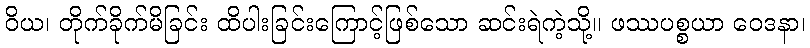
ဝိယ၊ တိုက်ခိုက်မိခြင်း ထိပါးခြင်းကြောင့်ဖြစ်သော ဆင်းရဲကဲ့သို့။ ဖဿပစ္စယာ ဝေဒနာ၊